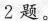
2题。